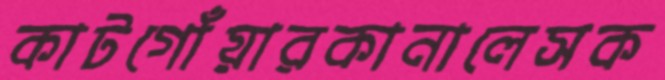
কাটগোঁয়ারকানালেসক